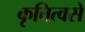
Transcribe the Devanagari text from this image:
कृत्तित्वसे